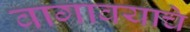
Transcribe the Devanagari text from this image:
वागावयाचे